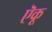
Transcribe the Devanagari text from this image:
ऎकू